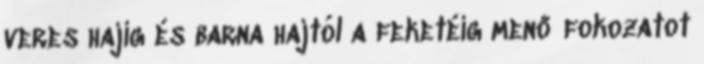
veres hajig és barna hajtól a feketéig menő fokozatot